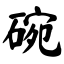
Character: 碗